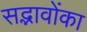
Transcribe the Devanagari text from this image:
सद्भावोंका